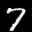
Label: 7